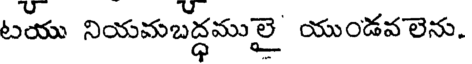
టయు నియమబద్ధములై యుండవలెను.